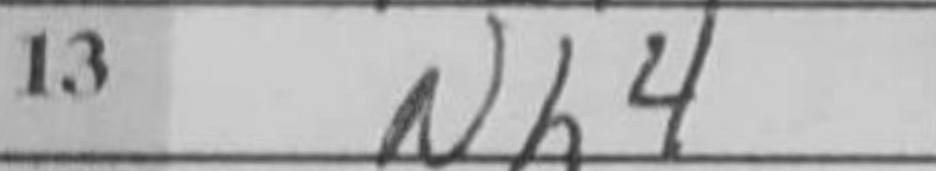
Transcription: Nh4